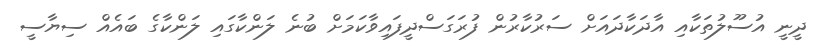
ދީނީ އުސޫލުތަކާއި އާދަކާދައަށް ސަރުކާރުން ފުރަގަސްދީފައިވާކަމަށް ބުނެ ލަންކާގައި ލަންކާގެ ބައެއް ސިޔާސީ